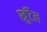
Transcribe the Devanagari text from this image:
खुंटैल